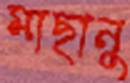
মাছানু